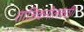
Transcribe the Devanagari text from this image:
ताजिकनीलकंठी।